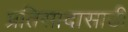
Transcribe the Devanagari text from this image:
प्रतिसादासाठी